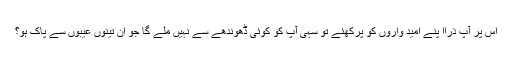
اس پر آپ ذراا پنے امید واروں کو پرکھئے تو سہی آپ کو کوئی ڈھوندھے سے نہیں ملے گا جو ان تینوں عیبوں سے پاک ہو؟